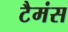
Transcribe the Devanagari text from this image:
टैमंस